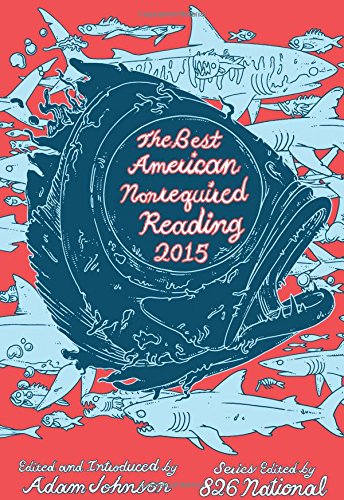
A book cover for The Best American Nonrequired Reading 2015; Literature & Fiction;